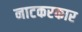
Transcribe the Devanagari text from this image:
नाटकरकार